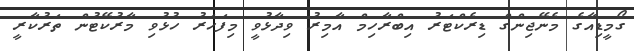
ގޯމީޑިއާގެ މެނޭޖިންގް ޑިރެކްޓަރު އިބްރާހިމް އާމިރު ވިދާޅުވީ މިފަހަރު ހުޅުވި މާރުކޭޓުން ތަރުކާރީ